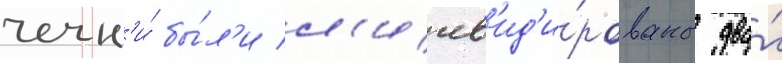
чечн'и́ бы́л'и л'икв'ид'и́рованы два́